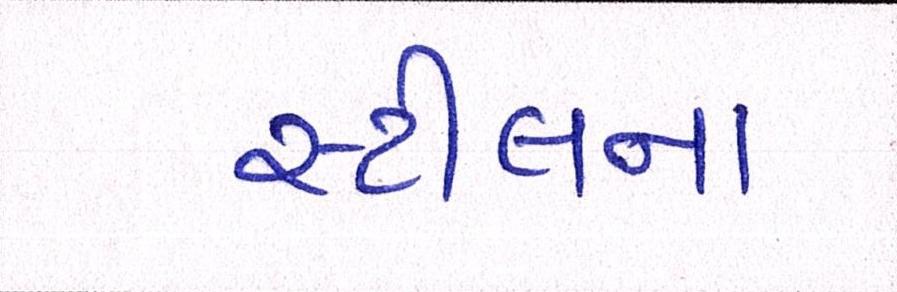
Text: સ્ટીલના